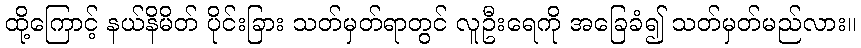
ထို့ကြောင့် နယ်နိမိတ် ပိုင်းခြား သတ်မှတ်ရာတွင် လူဦးရေကို အခြေခံ၍ သတ်မှတ်မည်လား။